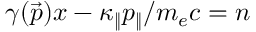
\gamma ( \vec { p } ) x - \kappa _ { \| } p _ { \| } / m _ { e } c = n